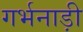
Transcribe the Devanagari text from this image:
गर्भनाड़ी